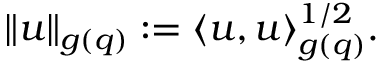
\begin{array} { r } { \| u \| _ { g ( q ) } : = \langle u , u \rangle _ { g ( q ) } ^ { 1 / 2 } . } \end{array}